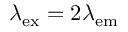
\lambda _ { \mathrm { e x } } = 2 \lambda _ { \mathrm { e m } }